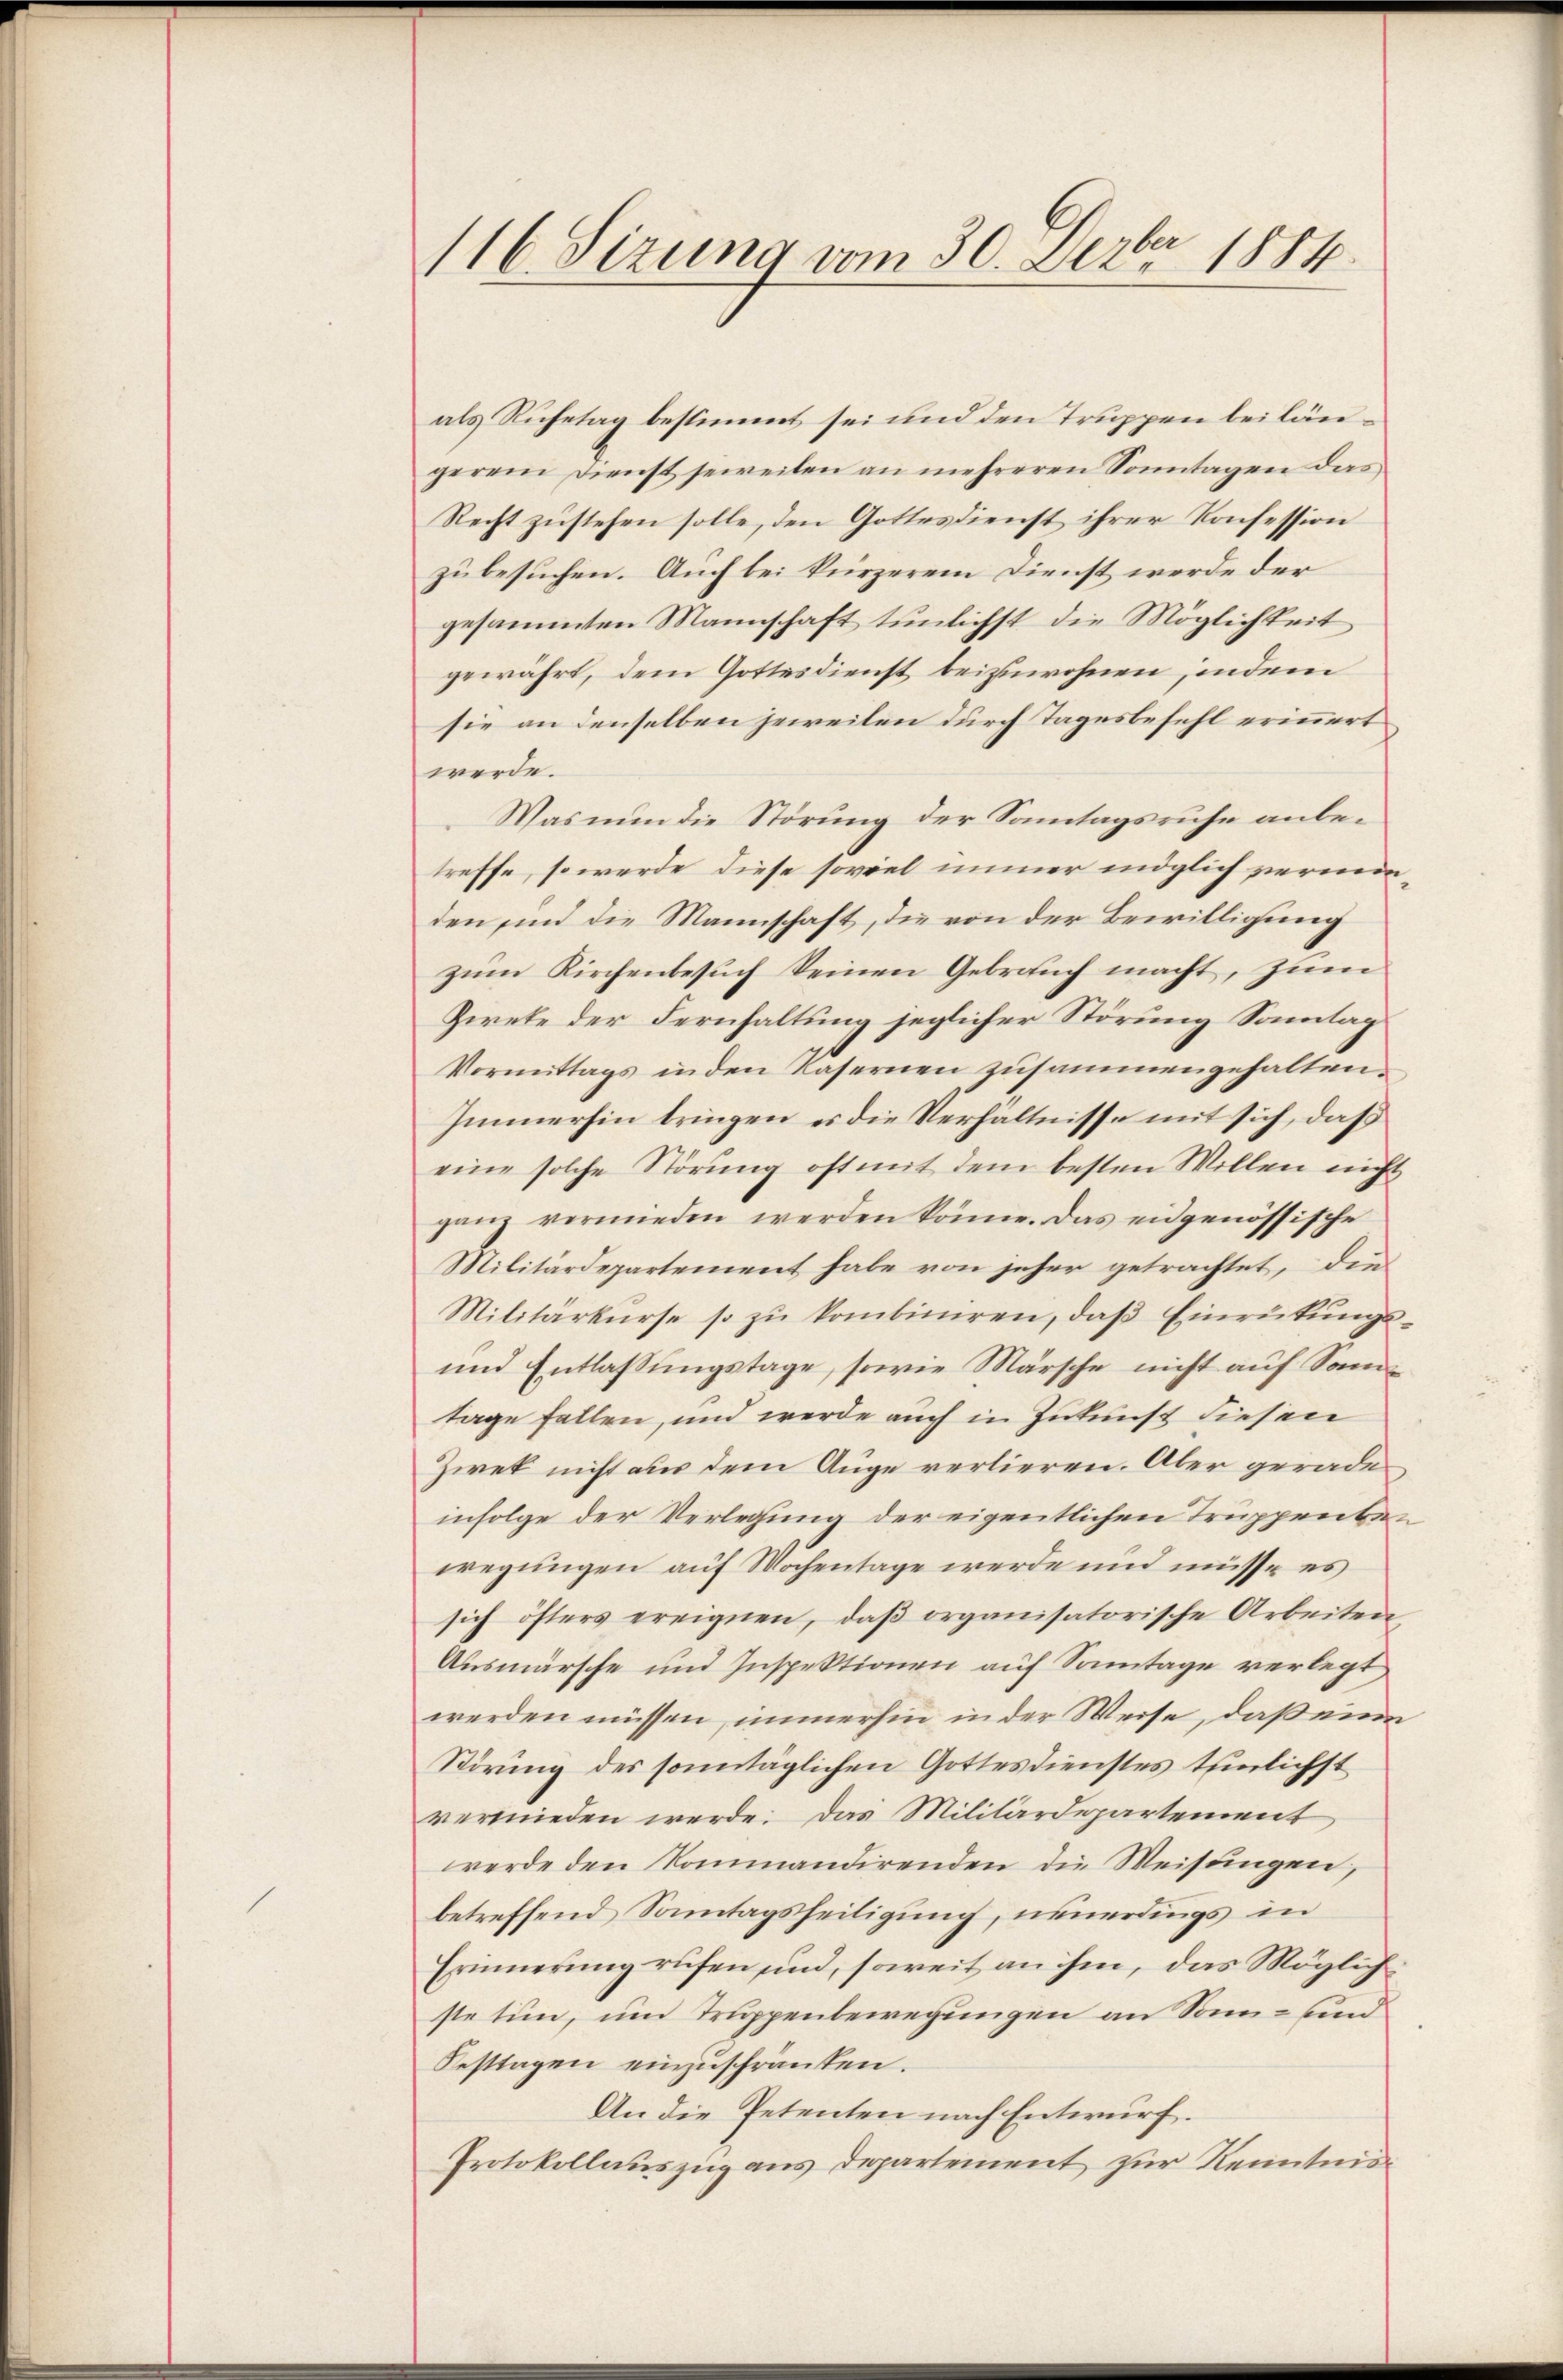
116 Sizung vom 30. Dezbr 1884.

als Ruhetag bestimmt sei und den Truppen bei längerem Dienst jeweilen an mehreren Sonntagen das
Recht zustehen solle, den Gottesdienst ihrer Konfession
zu besuchen. Auch bei kürzerem Dienst werde der
gesammten Mannschaft tunlichst die Möglichkeit
gewährt, dem Gottesdienst beizuwohnen, indem
sie an denselben jeweilen durch Tagesbefehl erinnert
werde.
Was nun die Störung der Sonntagsruhe anbetreffe, so werde diese soviel immer möglich verminden, sind die Mannschaft, die von der Bewilligung
zum Kirchenbesuch seinen Gebrauch macht, zum
Ziete der Fernhaltung jeglicher Störung Sonntag
Vormittags in den Kasernen zusammengehalten.
Immerhin bringen es die Verhältnisse mit sich, daß
eine solche Störung oft mit dem besten Willen nicht
ganz vermieden werden könne. Das eidgenössische
Militärdepartement habe von jeher getrachtet, die
Militärkŭrse so zŭ kombiniren, daβ Einrükŭngs-
und Entlassungstage, sowie Märsche nicht auf Sontage fallen, und werde auch in Zukunst diesen
Zwek nicht aus dem Auge verlieren. Aber gerade
infolge der Verlegung der eigentlichen Truppenbewegungen auf Wochentage werde und müsse es
sich öfters ereignen, daß organisatorische Arbeiten
Ausmärsche und Inspektionen auf Sonntage verlegt
werden müssen, immerhin in der Weise, daß eine
Störung des sonntäglichen Gottesdienstes tunlichst
vermieden werde. Das Militärdepartement
werde den Kommandirenden die Weisungen,
betreffend Sonntagsheiligung, neuerdings in
Erinnerung rufen und, soweit an ihm, das Möglich
ste tun, und Truppenbewegungen an Sonn- und
Festtagen einzuschränken.
An die Petenten nach Entwurf.
Protokollauszug aus Departement zur Renntni